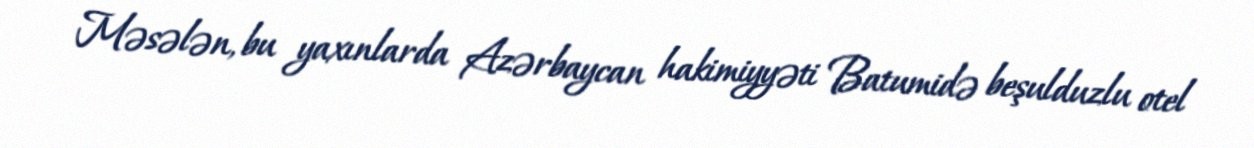
Məsələn, bu yaxınlarda Azərbaycan hakimiyyəti Batumidə beşulduzlu otel